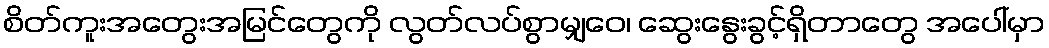
စိတ်ကူးအတွေးအမြင်တွေကို လွတ်လပ်စွာမျှဝေ၊ ဆွေးနွေးခွင့်ရှိတာတွေ အပေါ်မှာ